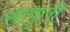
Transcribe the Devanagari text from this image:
सावुली